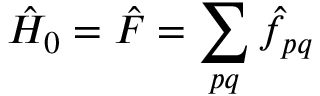
\hat { H } _ { 0 } = \hat { F } = \sum _ { p q } \hat { f } _ { p q }